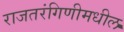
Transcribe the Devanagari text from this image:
राजतरंगिणीमधील